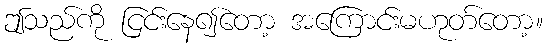
ဤသည်ကို ငြင်းနေ၍တော့ အကြောင်းမဟုတ်တော့။